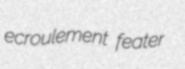
ecroulement feater